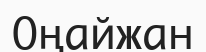
Оңайжан